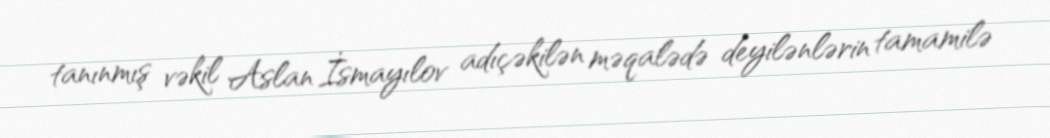
tanınmış vəkil Aslan İsmayılov adıçəkilən məqalədə deyilənlərin tamamilə